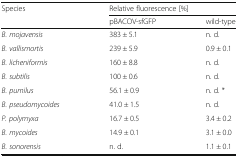
<table><thead><tr><td rowspan="2"><b>Species</b></td><td colspan="2"><b>Relative fluorescence [%]</b></td></tr><tr><td><b>pBACOV-sfGFP</b></td><td><b>wild-type</b></td></tr></thead><tbody><tr><td><i>B. mojavensis</i></td><td>383 ± 5.1</td><td>n. d.</td></tr><tr><td><i>B. vallismortis</i></td><td>239 ± 5.9</td><td>0.9 ± 0.1</td></tr><tr><td><i>B. licheniformis</i></td><td>160 ± 8.8</td><td>n. d.</td></tr><tr><td><i>B. subtilis</i></td><td>100 ± 0.6</td><td>n. d.</td></tr><tr><td><i>B. pumilus</i></td><td>56.1 ± 0.9</td><td>n. d. *</td></tr><tr><td><i>B. pseudomycoides</i></td><td>41.0 ± 1.5</td><td>n. d.</td></tr><tr><td><i>P. polymyxa</i></td><td>16.7 ± 0.5</td><td>3.4 ± 0.2</td></tr><tr><td><i>B. mycoides</i></td><td>14.9 ± 0.1</td><td>3.1 ± 0.0</td></tr><tr><td><i>B. sonorensis</i></td><td>n. d.</td><td>1.1 ± 0.1</td></tr></tbody></table>